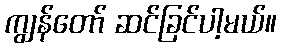
ကျွန်တော် ဆင်ခြင်ပါ့မယ်။